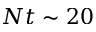
N t \sim 2 0